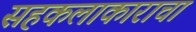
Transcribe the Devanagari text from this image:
सहकलाकाराचा